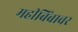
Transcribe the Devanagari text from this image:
महीबिंबावर